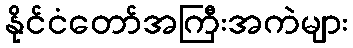
နိုင်ငံတော်အကြီးအကဲများ